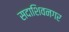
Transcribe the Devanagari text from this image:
सदाशिवनगर